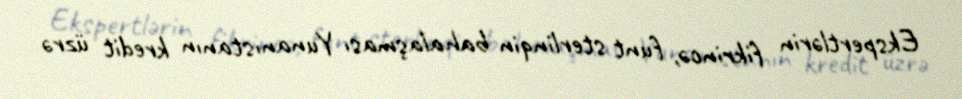
Ekspertlərin fikrincə, funt sterlinqin bahalaşması Yunanıstanın kredit üzrə